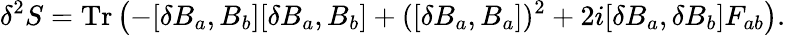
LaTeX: \delta^{2}S=\mathrm{Tr}\left(-[\delta B_{a},B_{b}][\delta B_{a},B_{b}]+([\delta B_{a},B_{a}])^{2}+2i[\delta B_{a},\delta B_{b}]F_{ab}\right).